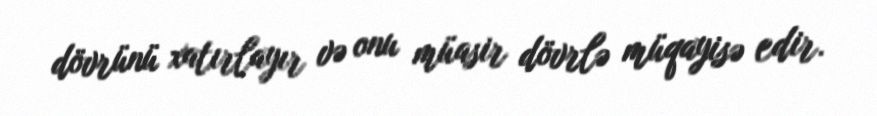
dövrünü xatırlayır və onu müasir dövrlə müqayisə edir.